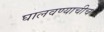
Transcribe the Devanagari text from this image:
घालवण्याचीच